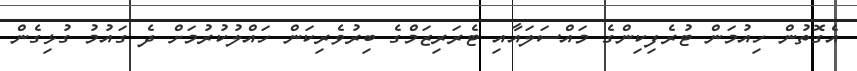
އެގޮތުން ހިއުމަން ޓުރެފިކިންގެ މައްސަލައާއި ޓެރަރިޒަމްގެ ބިރުވެރިކަން ހައްލުކުރުމަށް ދެ ގައުމު ގުޅިގެން